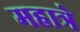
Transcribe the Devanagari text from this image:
महात्रे